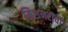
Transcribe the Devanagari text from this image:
मिशनरींची